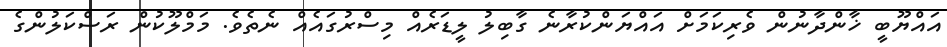
އައްޔޫބީ ޚާންދާނުން ވެރިކަމަށް އައްޔަންކުރާނެ ގާބިލު ލީޑަރެއް މިސްރުގައެއް ނެތެވެ. މަމްލޫކުން ރަސްކަލުންގެ